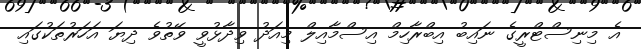
އެ މިނިސްޓްރީގެ ނައިބު އިބްރާހިމް އިސްމާއިލް މިއަދު ވިދާޅުވީ ވޭތުވެ ދިޔަ އަހަރުތަކުގައި